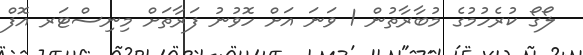
ލޯގޯ ކުރެހުމުގެ މުބާރާތުން 1 ވަނަ އަށް ހޮވުނު ފަރާތަށް މިނިސްޓަރ އޮފް